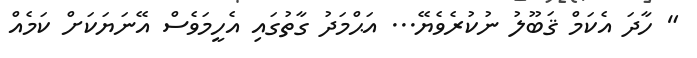
" ހާދަ އެކަމް ޤަބޫލު ނުކުރެވެޔޭ... އަޙްމަދު ގާތުގައި އެހީމަވެސް އޭނަޔަކަށް ކަމެއް